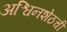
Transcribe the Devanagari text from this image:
अश्विनशेठची